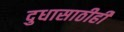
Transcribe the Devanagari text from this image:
दुधासाठीही